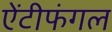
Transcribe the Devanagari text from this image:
ऐंटीफंगल